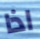
اذا